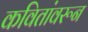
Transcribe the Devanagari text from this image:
कवितांवरून